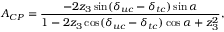
A _ { C P } = \frac { - 2 z _ { 3 } \sin ( \delta _ { u c } - \delta _ { t c } ) \sin \alpha } { 1 - 2 z _ { 3 } \cos ( \delta _ { u c } - \delta _ { t c } ) \cos \alpha + z _ { 3 } ^ { 2 } } ,